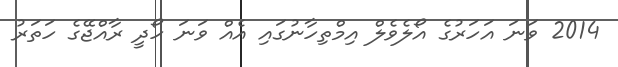
2014 ވަނަ އަހަރުގެ އޯލެވެލް އިމްތިހާނުގައި އެއް ވަނަ ހޯދީ ރާއްޖޭގެ ހަތަރު